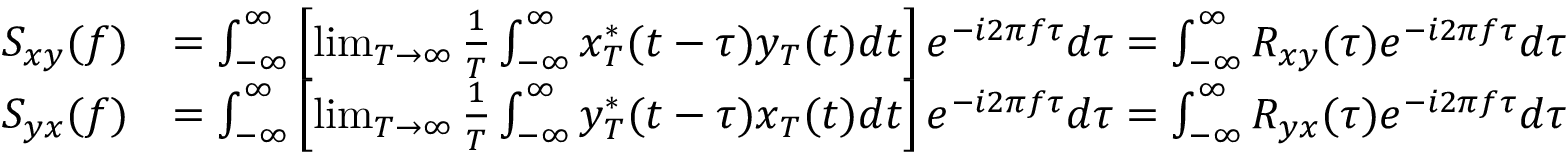
{ \begin{array} { r l } { S _ { x y } ( f ) } & { = \int _ { - \infty } ^ { \infty } \left[ \operatorname* { l i m } _ { T \to \infty } { \frac { 1 } { T } } \int _ { - \infty } ^ { \infty } x _ { T } ^ { * } ( t - \tau ) y _ { T } ( t ) d t \right] e ^ { - i 2 \pi f \tau } d \tau = \int _ { - \infty } ^ { \infty } R _ { x y } ( \tau ) e ^ { - i 2 \pi f \tau } d \tau } \\ { S _ { y x } ( f ) } & { = \int _ { - \infty } ^ { \infty } \left[ \operatorname* { l i m } _ { T \to \infty } { \frac { 1 } { T } } \int _ { - \infty } ^ { \infty } y _ { T } ^ { * } ( t - \tau ) x _ { T } ( t ) d t \right] e ^ { - i 2 \pi f \tau } d \tau = \int _ { - \infty } ^ { \infty } R _ { y x } ( \tau ) e ^ { - i 2 \pi f \tau } d \tau } \end{array} }